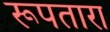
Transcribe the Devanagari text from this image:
रूपतारा